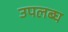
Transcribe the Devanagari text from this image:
उपलब्‍घ